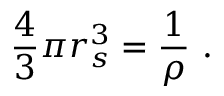
{ \frac { 4 } { 3 } } \pi r _ { s } ^ { 3 } = { \frac { 1 } { \rho } } \ .